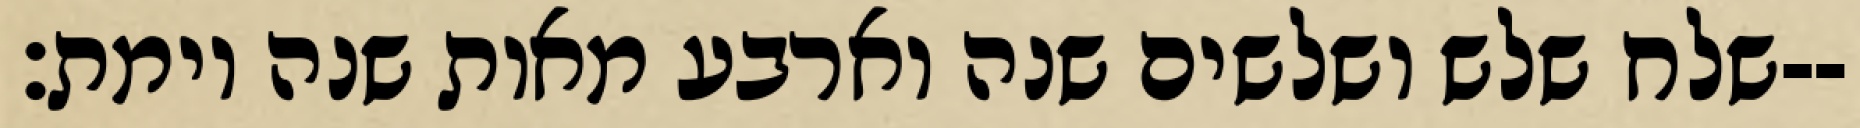
שלח שלש ושלשים שנה וארבע מאות שנה וימת׃--